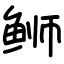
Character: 𫚕